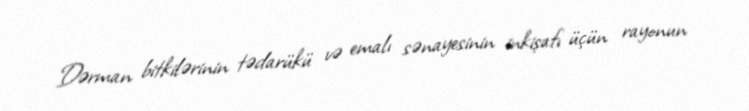
Dərman bitkilərinin tədarükü və emalı sənayesinin inkişafı üçün rayonun